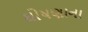
ઘોષણાના